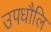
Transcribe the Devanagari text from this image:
उपधौलि